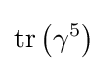
\operatorname {tr} \left(\gamma ^{5}\right)